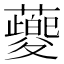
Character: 䕫